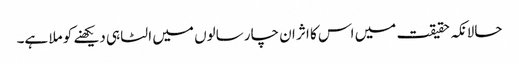
حالانکہ حقیقت میں اس کا اثر ان چار سالوں میں الٹا ہی دیکھنے کو ملا ہے۔